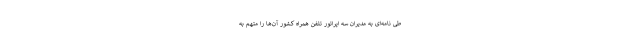
طی نامه‌ای به مدیران سه اپراتور تلفن همراه کشور آن‌ها را متهم به